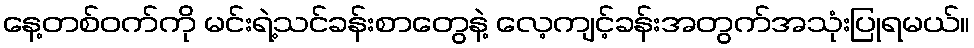
နေ့တစ်ဝက်ကို မင်းရဲ့သင်ခန်းစာတွေနဲ့ လေ့ကျင့်ခန်းအတွက်အသုံးပြုရမယ်။